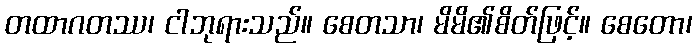
တထာဂတဿ၊ ငါဘုရားသည်။ စေတသာ၊ မိမိ၏စိတ်ဖြင့်။ စေတော၊